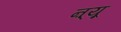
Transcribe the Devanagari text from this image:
ऩ्यू